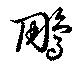
鵰